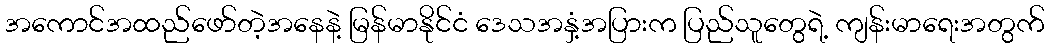
အကောင်အထည်ဖော်တဲ့အနေနဲ့ မြန်မာနိုင်ငံ ဒေသအနှံ့အပြားက ပြည်သူတွေရဲ့ ကျန်းမာရေးအတွက်